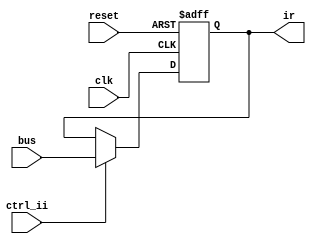
module ir(
	input clk,
	input reset,
	input ctrl_ii,
	input [7:0] bus,
	output reg[7:0] ir = 0);
	
always @(posedge clk or posedge reset) begin
	if (reset)
		ir <= 0;
	else if (ctrl_ii)
		ir <= bus;
end

endmodule